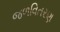
જળવિતરણ